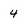
Character: 4